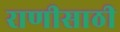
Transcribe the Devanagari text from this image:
राणीसाठी